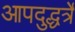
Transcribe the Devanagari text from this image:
आपदुद्धर्त्रे